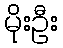
မိုးဦး